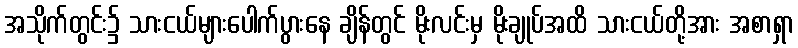
အသိုက်တွင်း၌ သားငယ်များပေါက်ပွားနေ ချိန်တွင် မိုးလင်းမှ မိုးချုပ်အထိ သားငယ်တို့အား အစာရှာ